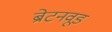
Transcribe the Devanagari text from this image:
ब्रेटनवूड